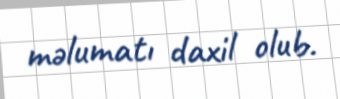
məlumatı daxil olub.